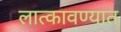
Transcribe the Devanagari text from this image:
लात्कावण्यात